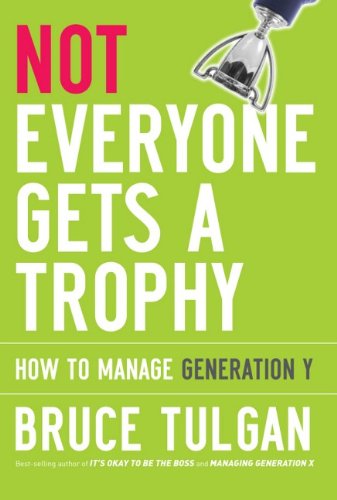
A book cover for Not Everyone Gets A Trophy: How to Manage Generation Y; Bruce Tulgan; Business & Money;